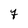
Character: 7